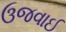
ઉજવાઈ